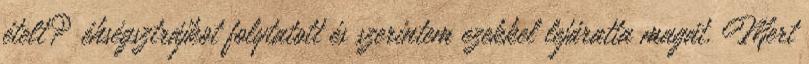
ételt? éhségsztrájkot folytatott és szerintem ezekkel lejáratta magát. Mert